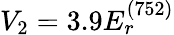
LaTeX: V_{2}=3.9E_{r}^{(752)}